Report of the Indian Hemp Drugs Commission, 1894-1895 - Volume II
Year: 1894
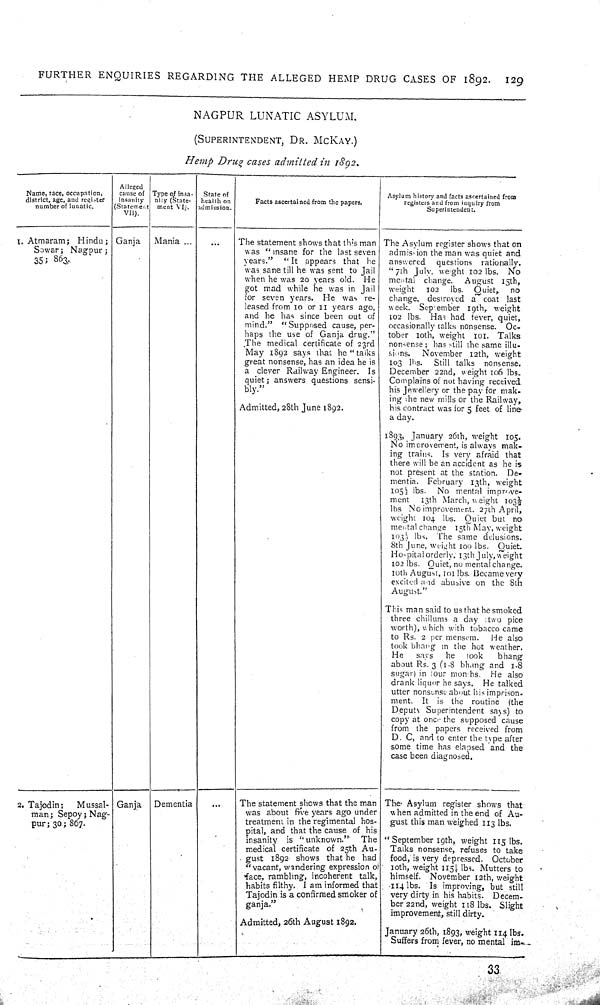
FURTHER
ENQUIRIES
REGARDING THE
ALLEGED
HEMP
DRUG
CASES OF
1892.
129
NAGPUR
LUNATIC
ASYLUM.
(SUPERINTENDENT,
DR.
MCKAY.)
Hemp
Drug
cases
admitted
in
1892.
Name, race, occupation,
district, age, and register
number of lunatic.
Alleged
cause of
insanity
(Statement
VII).
Type of insa-
nity (State-
ment VI).
State of
health on
admission.
Facts ascertained from the papers.
Asylum history and facts ascertained from
registers and from inquiry from
Superintendent.
1. Atmaram;
Hindu;
Sowar;
Nagpur;
35;
863.
Ganja
Mania
The statement shows that this man
was "insane for the last seven
years."
"It
appears that
he
was sane till he was sent to Jail
when he was 20 years old.
He
got mad while he was in Jail
for seven years.
He was re-
leased from 10 or 11 years ago,
and he has since been out of
mind."
"Supposed cause, per-
haps the use of Ganja drug."
The medical certificate of 23rd
May 1892 says that he "talks
great nonsense, has an idea he is
a clever Railway Engineer.
Is
quiet; answers questions sensi-
bly."
Admitted, 28th June 1892.
The Asylum register shows that on
admission the man was quiet and
answered
questions
rationally.
"7th July, weight 102 lbs.
No
mental
change.
August
15th,
weight
102
lbs.
Quiet,
no
change, destroyed a coat last
week.
September 19th, weight
102 lbs.
Has had fever, quiet,
occasionally talks nonsense.
Oc-
tober 10th, weight
101. Talks
nonsense; has still the same illu-
sions.
November 12th, weight
103
lbs.
Still talks
nonsense.
December 22nd, weight 106 lbs.
Complains of not having received
his Jewellery or the pay for mak-
ing the new mills or the Railway,
his contract was for 5 feet of line
a day.
1893, January 26th, weight
105.
No improvement, is always mak-
ing trains.
Is very afraid that
there will be an accident as he is
not present at the station.
De-
mentia. February 13th, weight
105½ lbs.
No mental improve-
ment
13th March, weight 103½
lbs No improvement. 27th April,
weight 104 lbs. Quiet but
no
mental change
15th May, weight
103½ lbs. The same delusions.
8th June, weight 100 lbs.
Quiet.
Hospital orderly. 13th July, weight
102 lbs. Quiet, no mental change.
10th August, 101 lbs. Became very
excited and abusive on the
8th
August."
This man said to us that he smoked
three chillums a day
two pice
worth), which with tobacco came
to Rs. 2 per mensem.
He also
took bhang in the hot weather.
He
says
he
took
bhang
about Rs. 3 (1-8 bhang and 1-8
sugar) in four months.
He also
drank liquor he says.
He talked
utter nonsense about his imprison-
ment.
It
is the routine
(the
Deputy Superintendent says) to
copy at once the supposed cause
from the papers received from
D. C, and to enter the type after
some time has elapsed and the
case been diagnosed.
2. Tajodin;
Mussal-
man; Sepoy; Nag-
pur; 30; 867.
Ganja
Dementia
The statement shows that the man
was about five years ago under
treatment in the regimental hos-
pital, and that the cause of his
insanity
is "unknown."
The
medical certificate of 25th Au-
gust 1892 shows that he had
"vacant, wandering expression of
face, rambling, incoherent talk,
habits filthy. I am informed that
Tajodin is a confirmed smoker of
ganja."
Admitted, 26th August 1892.
The Asylum register shows that
when admitted in the end of Au-
gust this man weighed 113 lbs.
"September 19th, weight 115 lbs.
Talks nonsense, refuses to take
food, is very depressed.
October
10th, weight 115½ lbs. Mutters to
himself.
November 12th, weight
114 lbs. Is improving, but still
very dirty in his habits.
Decem-
ber 22nd, weight 118 lbs.
Slight
improvement, still dirty.
January 26th, 1893, weight 114 lbs.
Suffers from fever, no mental
im-
33